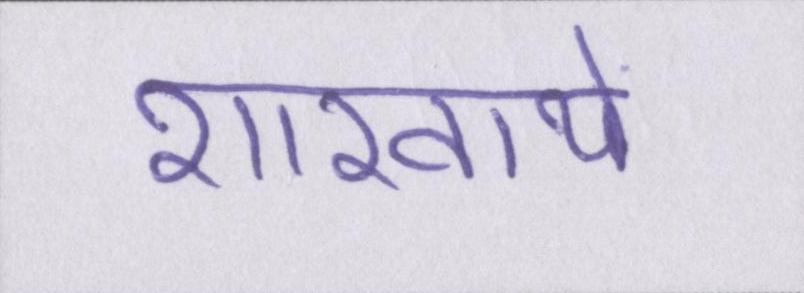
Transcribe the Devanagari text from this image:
शाखायें